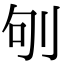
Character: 𠛎